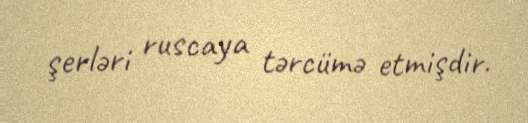
şerləri ruscaya tərcümə etmişdir.